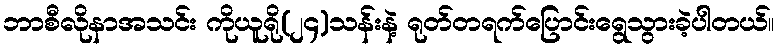
ဘာစီလိုနာအသင်း ကိုယူရို(၂၄)သန်းနဲ့ ရုတ်တရက်ပြောင်းရွေသွားခဲ့ပါတယ်။